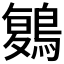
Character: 𪃃